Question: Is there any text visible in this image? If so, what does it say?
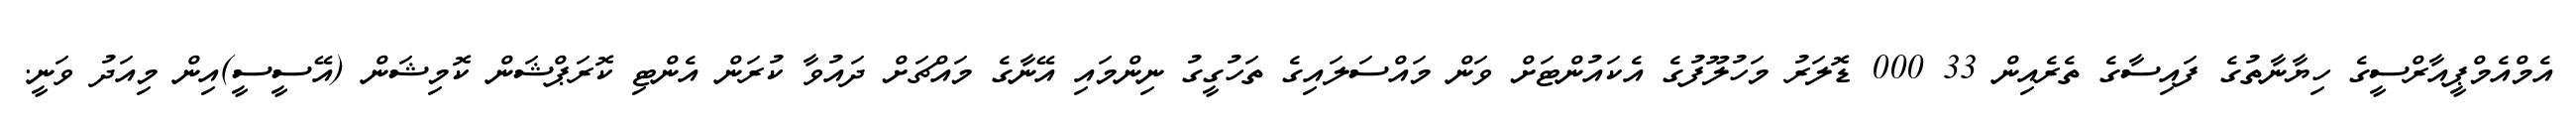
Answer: އެމްއެމްޕީއާރްސީގެ ހިޔާނާތުގެ ފައިސާގެ ތެރެއިން 33 000 ޑޮލަރު މަހުލޫފުގެ އެކައުންޓަށް ވަން މައްސަލައިގެ ތަހުގީގު ނިންމައި އޭނާގެ މައްޗަށް ދައުވާ ކުރަން އެންޓި ކޮރަޕްޝަން ކޮމިޝަން (އޭސީސީ)އިން މިއަދު ވަނީ.